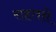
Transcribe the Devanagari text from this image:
राहतसे